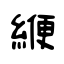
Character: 緶